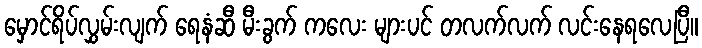
မှောင်ရိပ်လွှမ်းလျက် ရေနံဆီ မီးခွက် ကလေး များပင် တလက်လက် လင်းနေရလေပြီ။